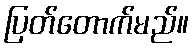
ပြတ်တောက်မည်။